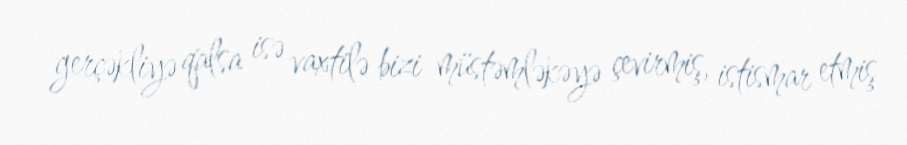
gerçəkliyə qalsa isə vaxtilə bizi müstəmləkəyə çevirmiş, istismar etmiş